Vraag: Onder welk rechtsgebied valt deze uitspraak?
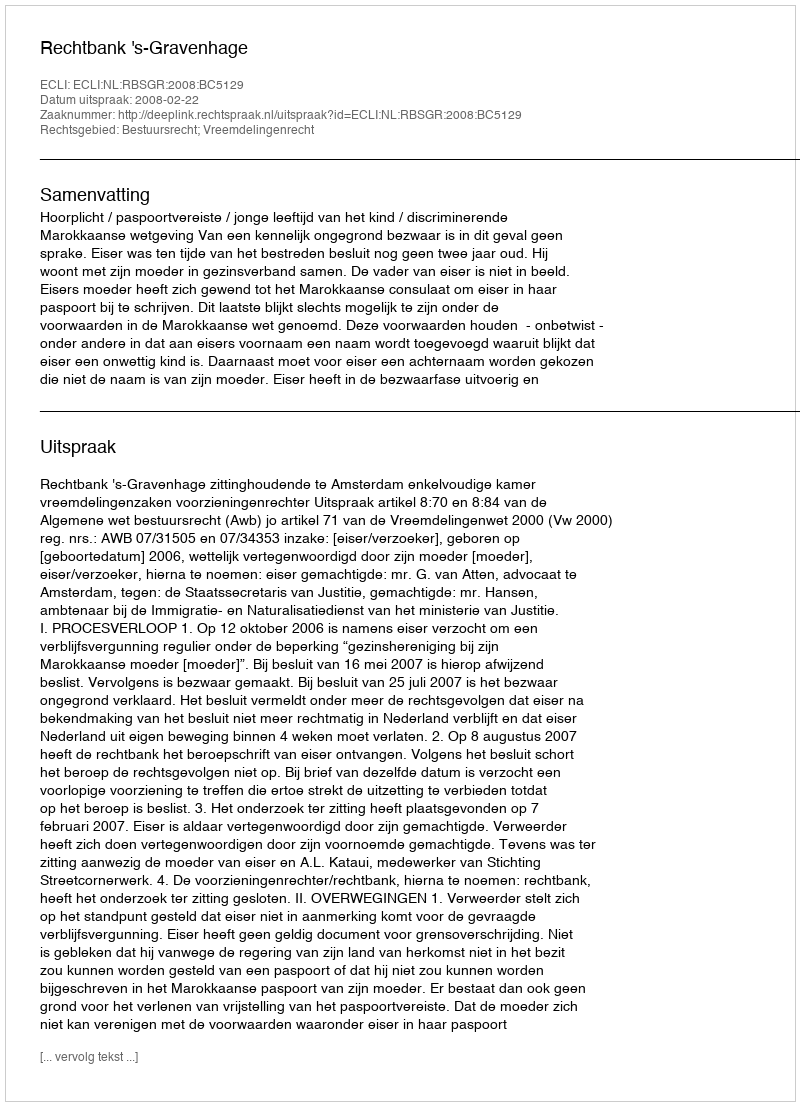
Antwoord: Bestuursrecht; Vreemdelingenrecht